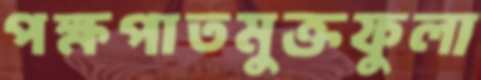
পক্ষপাতমুক্তফুলা